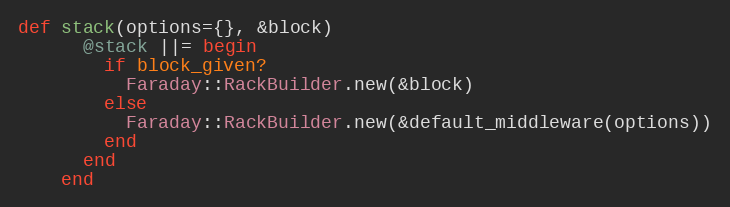
Language: Ruby
def stack(options={}, &block)
      @stack ||= begin
        if block_given?
          Faraday::RackBuilder.new(&block)
        else
          Faraday::RackBuilder.new(&default_middleware(options))
        end
      end
    end